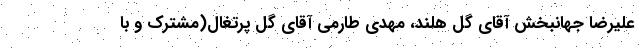
علیرضا جهانبخش آقای گل هلند، مهدی طارمی آقای گل پرتغال(مشترک و با